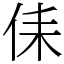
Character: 㑍